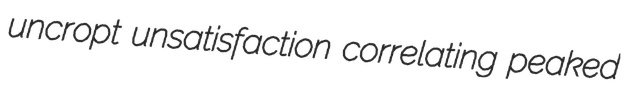
uncropt unsatisfaction correlating peaked